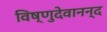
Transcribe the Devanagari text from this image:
विष्णुदेवानन्द